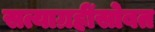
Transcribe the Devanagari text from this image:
सत्याग्रहींसोबत